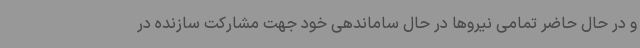
و در حال حاضر تمامی نیروها در حال ساماندهی خود جهت مشارکت سازنده در